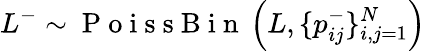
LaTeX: L^{-}\sim\mathrm{~P~o~i~s~s~B~i~n~}\left(L,\{ p_{ij}^{-}\} _{i,j=1}^{N}\right)